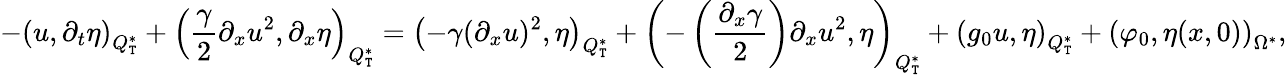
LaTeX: -\left(u,\partial_{t}\eta\right)_{Q_{\mathtt{T}}^{*}}+\left(\frac{{\gamma}}{{2}}\partial_{x}u^{2},\partial_{x}\eta\right)_{Q_{\mathtt{T}}^{*}}=\left(-\gamma(\partial_{x}u)^{2},\eta\right)_{Q_{\mathtt{T}}^{*}}+\left(-\left(\frac{{\partial_{x}\gamma}}{{2}}\right)\partial_{x}u^{2},\eta\right)_{Q_{\mathtt{T}}^{*}}+\left(g_{0}u,\eta\right)_{Q_{\mathtt{T}}^{*}}+\left(\varphi_{0},\eta(x,0)\right)_{\Omega^{*}},